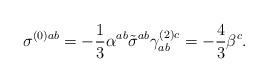
LaTeX: \begin{align*}\sigma^{(0) ab}=-\frac{1}{3}\alpha^{ab} \tilde{\sigma}^{ab} \gamma_{ab}^{(2)c} =-\frac{4}{3} \beta^c.\end{align*}